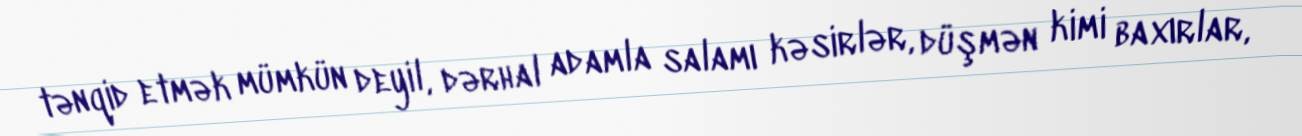
tənqid etmək mümkün deyil, dərhal adamla salamı kəsirlər, düşmən kimi baxırlar,